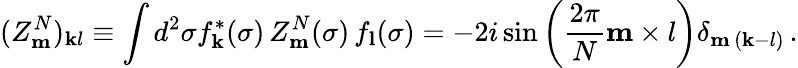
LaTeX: (Z_{\mathbf m}^{N})_{\mathbf kl}\equiv\int d^{2}\sigma f_{\mathbf k}^{*}(\sigma)\, Z_{\mathbf m}^{N}(\sigma)\, f_{\mathbf l}(\sigma)=-2i\sin\left(\frac{2\pi}{N}{\mathbf m\times l}\right)\delta_{{\mathbf m}\, ({\mathbf k-l})}\, .